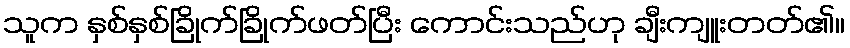
သူက နှစ်နှစ်ခြိုက်ခြိုက်ဖတ်ပြီး ကောင်းသည်ဟု ချီးကျူးတတ်၏။